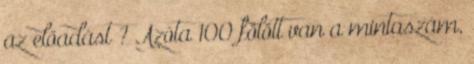
az előadást ? Azóta 100 fölött van a mintaszám,